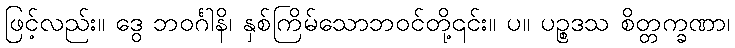
ဖြင့်လည်း။ ဒွေ ဘဝင်္ဂါနိ၊ နှစ်ကြိမ်သောဘဝင်တို့၎င်း။ ပ။ ပဉ္စဒသ စိတ္တက္ခဏာ၊